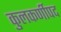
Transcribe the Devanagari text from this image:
कुलकर्णीपद